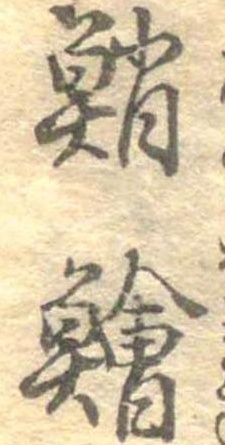
鮹鱠